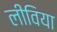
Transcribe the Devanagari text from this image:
लीविया